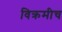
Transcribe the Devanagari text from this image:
विक्रमीच